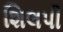
શિલપી